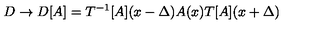
D \rightarrow D [ A ] = T ^ { - 1 } [ A ] ( x - \Delta ) A ( x ) T [ A ] ( x + \Delta )